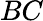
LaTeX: BC